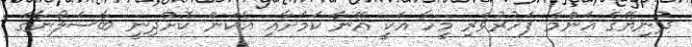
ދުނިޔޭގެ އެންމެ ފަހުރުވެރި މީހާ އަކީ އޭނާ ކަމަށާއި އެކަން ކޮށްދިނީ ބާސެލޯނާގެ